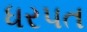
ધરપત